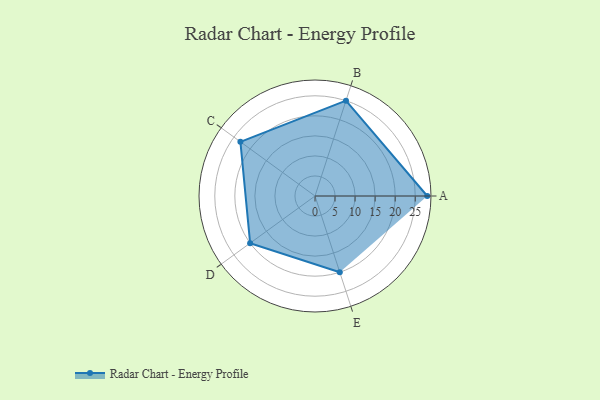
{"axis": {"x": "Skill", "y": "Score"}, "legend": ["Profile"], "data": [{"x": "A", "y": 28.0, "type": "Profile"}, {"x": "B", "y": 25.0, "type": "Profile"}, {"x": "C", "y": 23.0, "type": "Profile"}, {"x": "D", "y": 20, "type": "Profile"}, {"x": "E", "y": 20, "type": "Profile"}]}